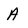
Character: A